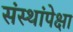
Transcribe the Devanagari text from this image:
संस्थांपेक्षा